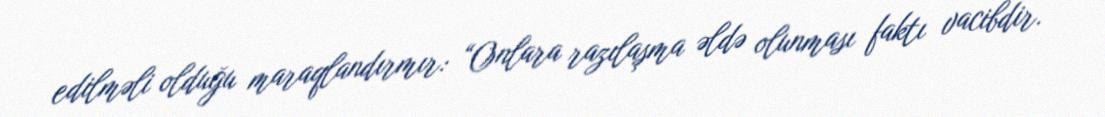
edilməli olduğu maraqlandırmır: “Onlara razılaşma əldə olunması faktı vacibdir.